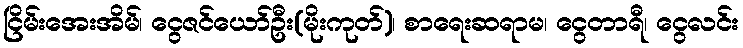
ငြိမ်းအေးအိမ်၊ ငွေဇင်ယော်ဦး(မိုးကုတ်)၊ စာရေးဆရာမ၊ ငွေတာရီ၊ ငွေလင်း